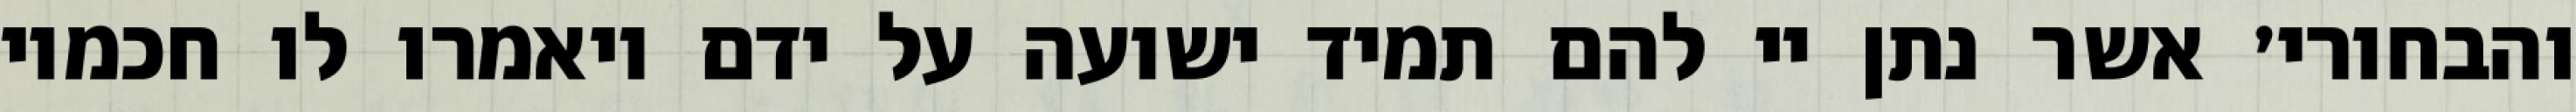
והבחורי׳ אשר נתן יי להם תמיד ישועה על ידם ויאמרו לו חכמיו